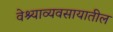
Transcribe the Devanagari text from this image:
वेश्याव्यवसायातील